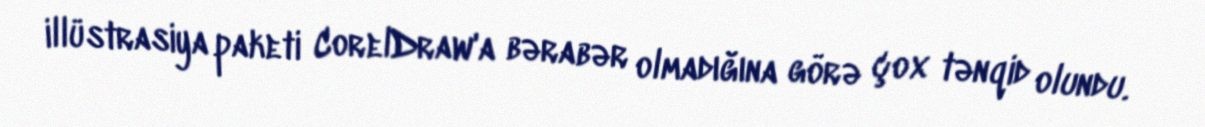
illüstrasiya paketi CorelDraw'a bərabər olmadığına görə çox tənqid olundu.